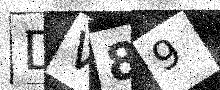
Text: DV89